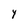
Character: y